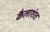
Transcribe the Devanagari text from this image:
कैलाशंत